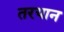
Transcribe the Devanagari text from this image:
तरयान